Language: tamil
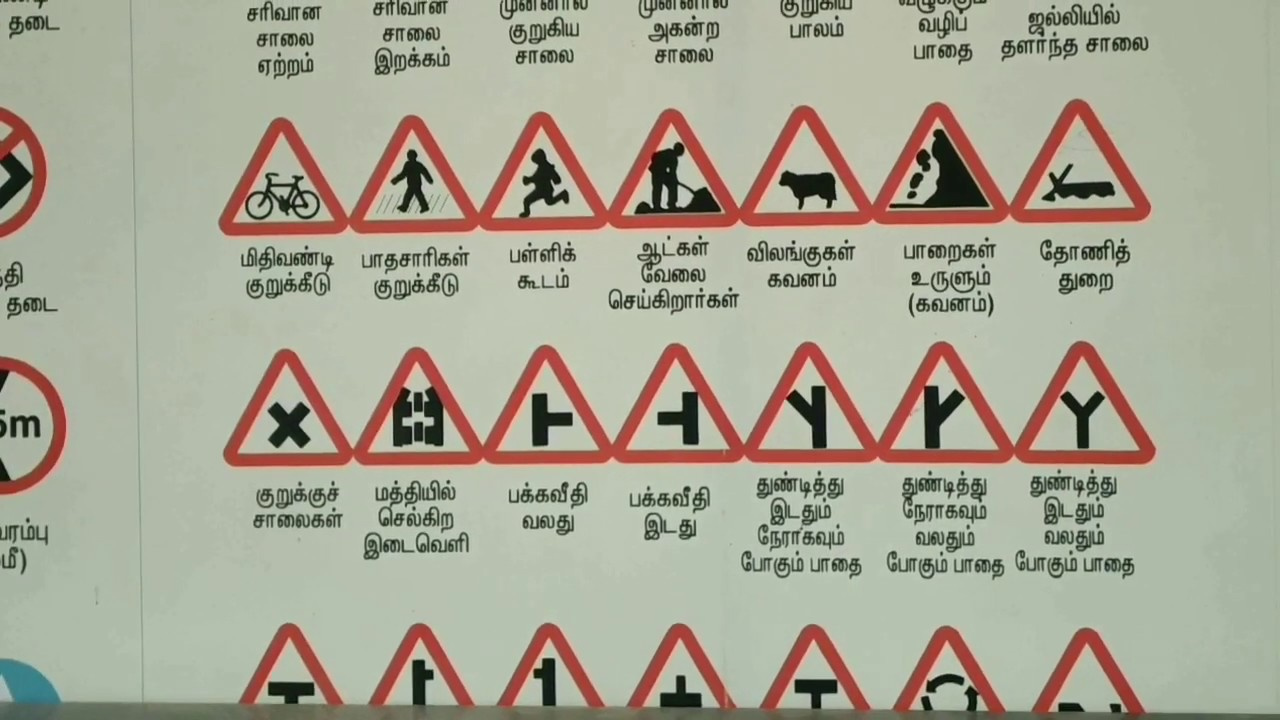
Transcription: தடை சரிவான சாலை சாலை குறுகிய சாலை பாலம் வழிப் பாதை தளர்ந்த சாலை இறக்கம் சாலை கூடம் ஆட்கள் மிதிவண்டி பாதசாரிகள் குறுக்கீடு தி விலங்குகள் கவனம் செய்கிறார்கள் வேலை பாறைகள் குறுக்குச் மத்தியில் சாலைகள் இடைவெளி வலது இடதும் ரம்பு மீ துண்டித்து துண்டித்து துண்டித்து நேராகவும் நேராகவும் வலதும் வலதும் போகும் பாதை பாதை போகும் பாதை பக்கவீதி ஜல்லியில் இடதும் உருளும் துறை பள்ளிக் குறுக்கீடு ஏற்றம் போகும் செல்கிற தடை இடது அகன்ற பக்கவீதி கவனம் சரிவான தோணித்